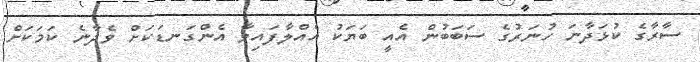
ސާރާގެ ކުޅަދާނަ ހުނަރުގެ ސަބަބުން އެއީ ބަޔަކު އެއްލާފައިވާ އެންގަނޑަކަށް ވެދާނެ ކަމަކަށް